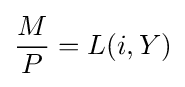
{\frac {M}{P}}=L(i,Y)